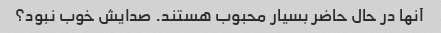
آنها در حال حاضر بسیار محبوب هستند. صدایش خوب نبود؟